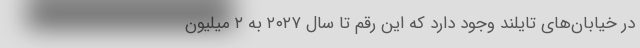
در خیابان‌های تایلند وجود دارد که این رقم تا سال ۲۰۲۷ به ۲ میلیون